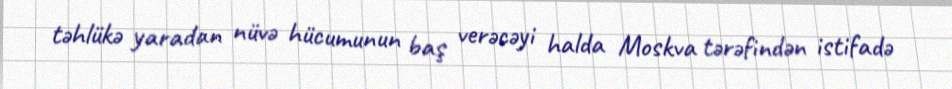
təhlükə yaradan nüvə hücumunun baş verəcəyi halda Moskva tərəfindən istifadə